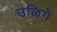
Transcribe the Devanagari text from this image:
उळिगें